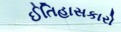
ઈતિહાસકારો